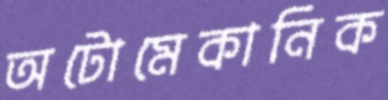
অটোমেকানিক